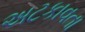
અટકાવતા